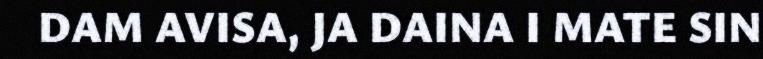
DAM AVISA, JA DAINA I MATE SIN